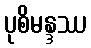
ပုစိမန္ဒဿ